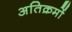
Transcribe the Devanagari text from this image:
अतिक्रमों